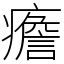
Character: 癚